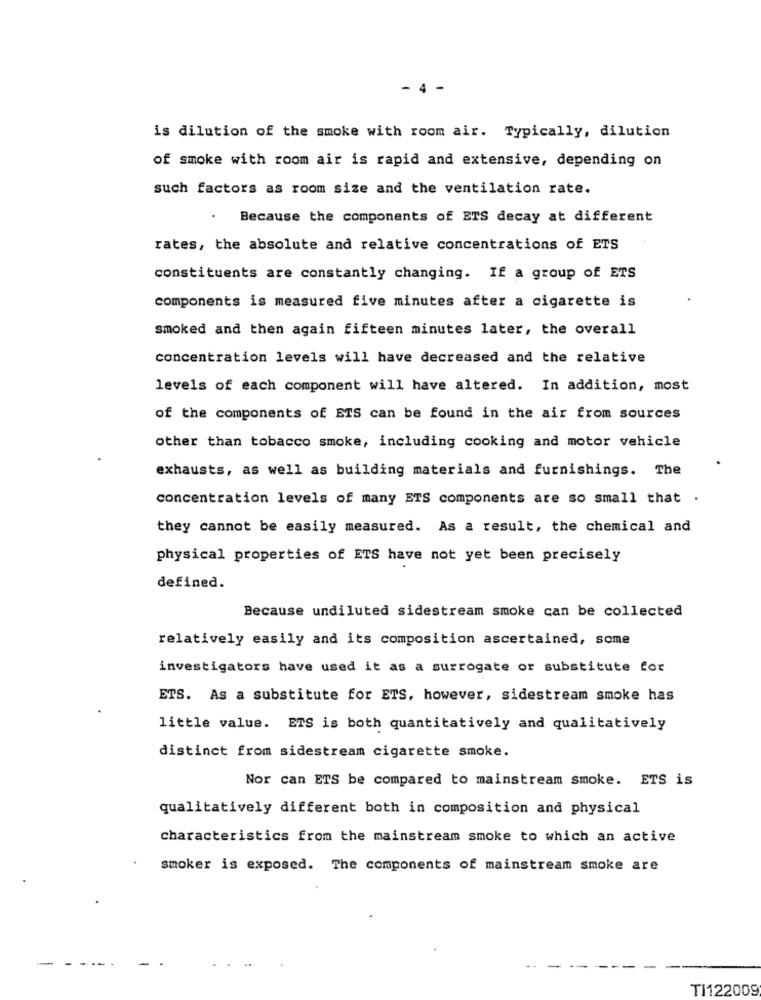
- 4 -
is dilution of the smoke with room air. Typically, dilution
of smoke with room air is rapid and extensive, depending on
such factors as room size and the ventilation rate.
Because the components of ETS decay at different
rates, the absolute and relative concentrations of ETS
constituents are constantly changing. If a group of ETS
components is measured five minutes after a cigarette is
smoked and then again fifteen minutes later, the overall
concentration levels will have decreased and the relative
levels of each component will have altered. In addition, most
of the components of ETS can be found in the air from sources
other than tobacco smoke, including cooking and motor vehicle
exhausts, as well as building materials and furnishings. The
concentration levels of many ETS components are so small that .
they cannot be easily measured. As a result, the chemical and
physical properties of ETS have not yet been precisely
defined.
Because undiluted sidestream smoke can be collected
relatively easily and its composition ascertained, some
investigators have used it as a surrogate or substitute for
ETS. As a substitute for ETS, however, sidestream smoke has
little value. ETS is both quantitatively and qualitatively
distinct from sidestream cigarette smoke.
Nor can ETS be compared to mainstream smoke. ETS is
qualitatively different both in composition and physical
characteristics from the mainstream smoke to which an active
smoker is exposed. The components of mainstream smoke are
TI122009